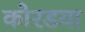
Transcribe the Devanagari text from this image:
कोरडया